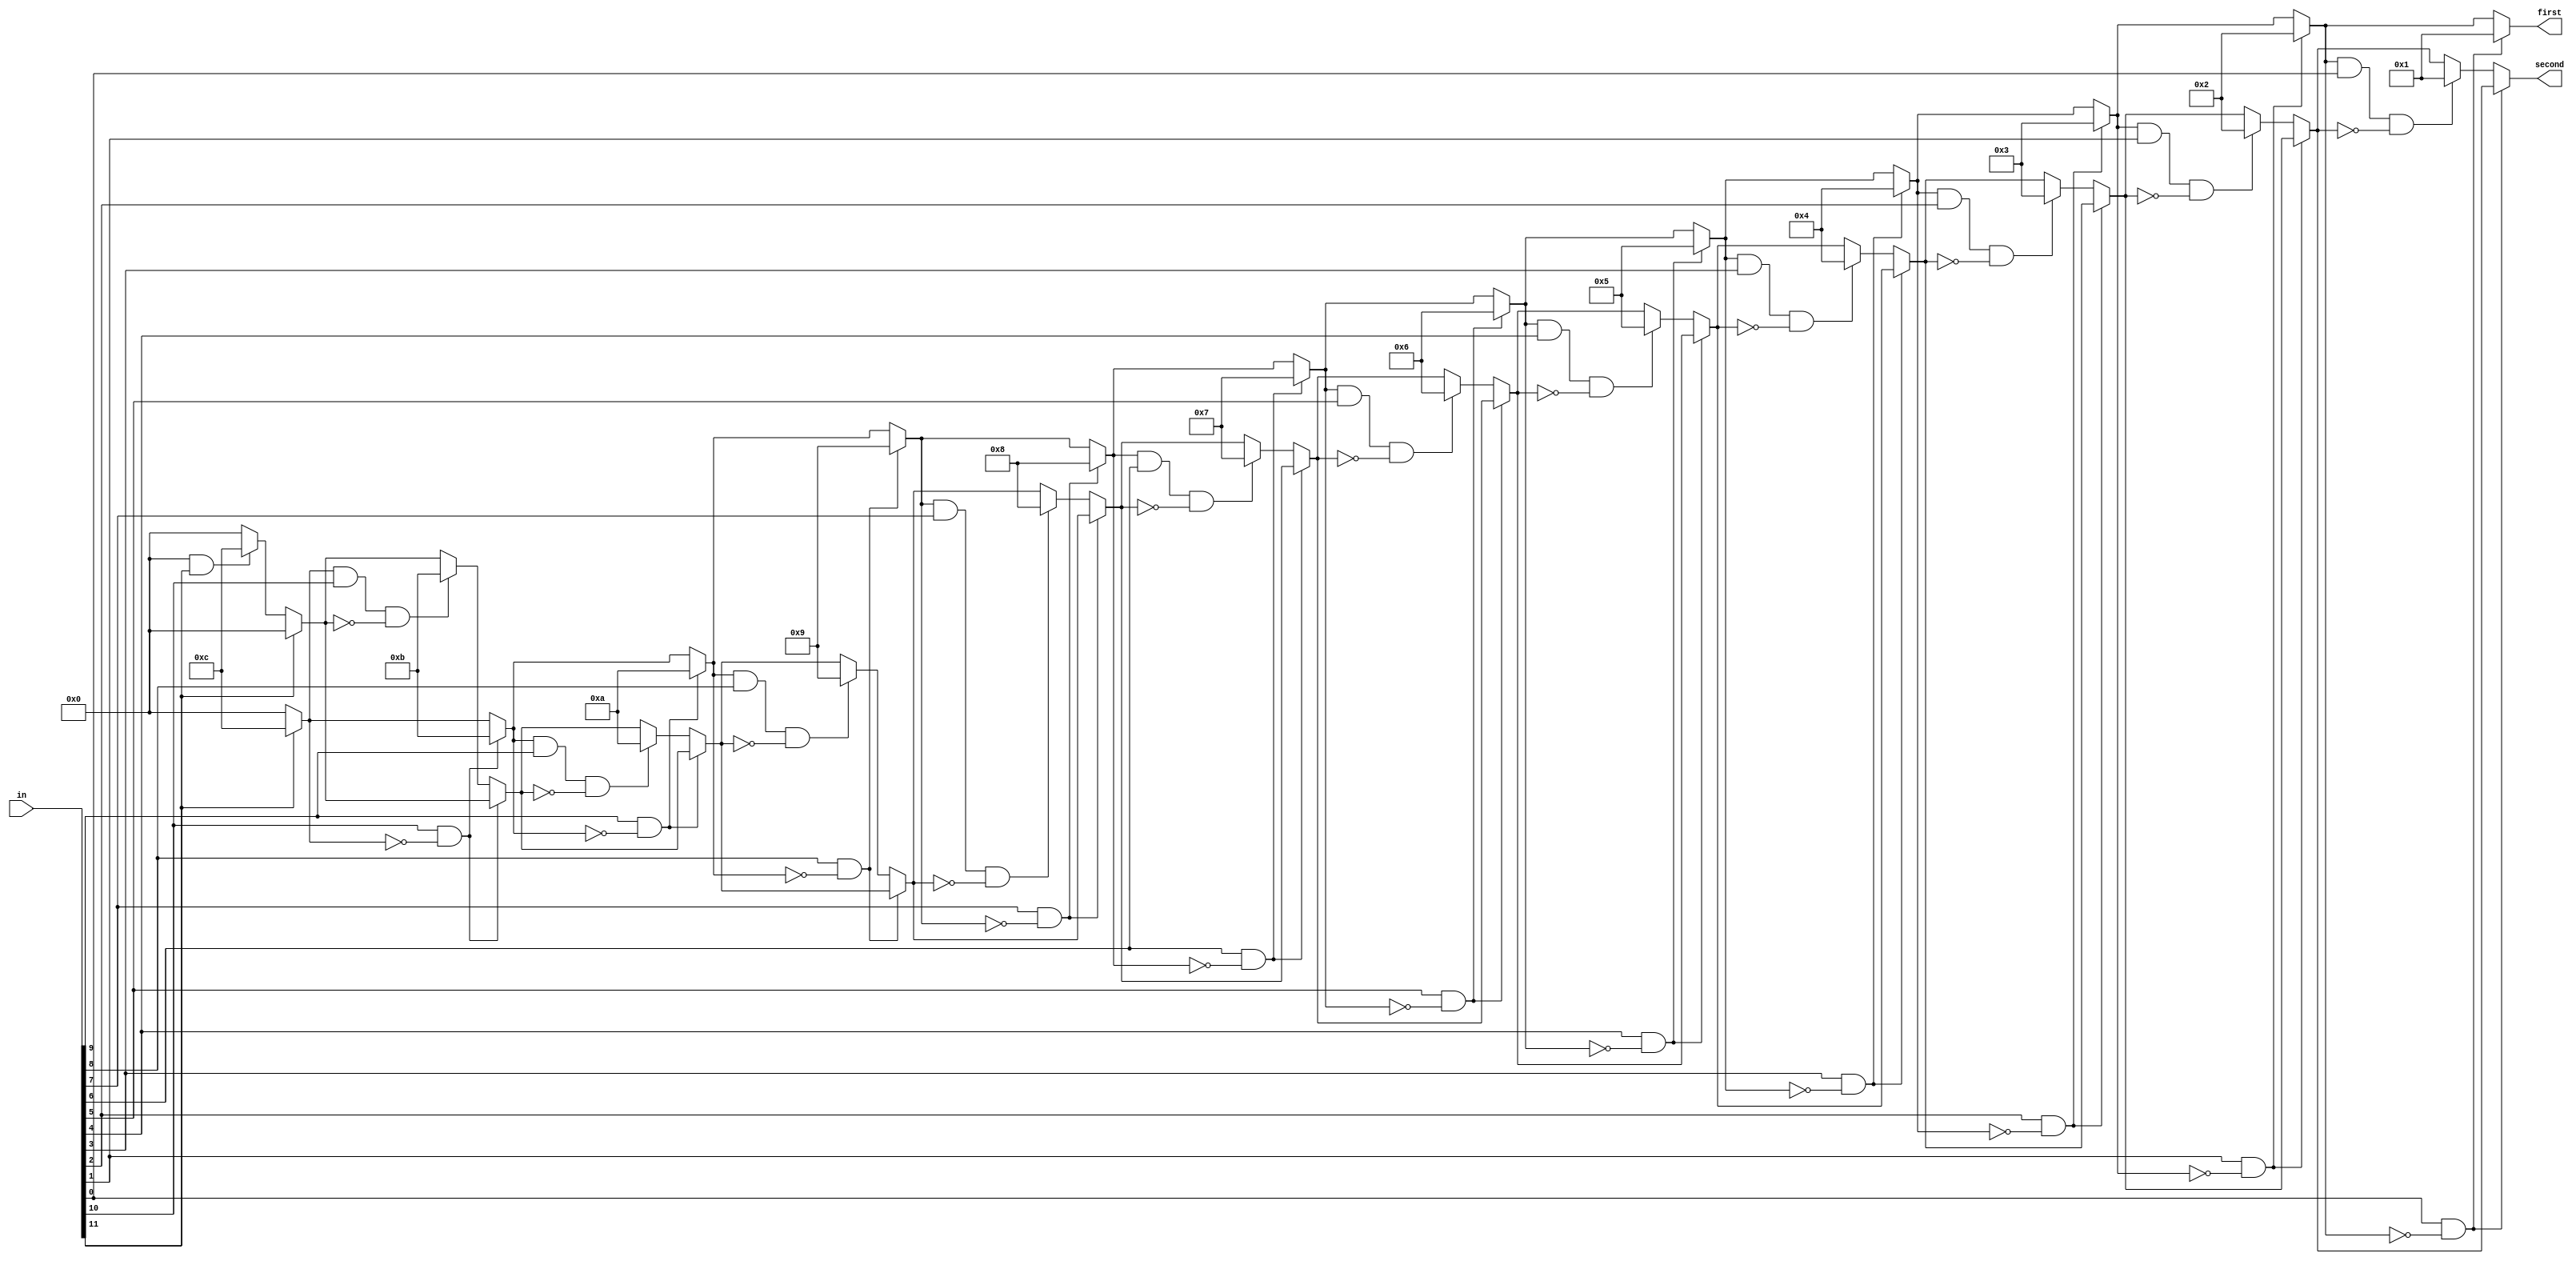
// This program was cloned from: https://github.com/AngeloJacobo/FPGA_Book_Experiments
// License: MIT License

`timescale 1ns / 1ps

module dual_prioenc(
	input wire[11:0] in,
	output reg[3:0] first,second
    );
	 integer i;

	 always @(in) begin
	 first=4'd0;
	 second=4'd0;

	 
	 for(i=11;i>=0;i=i-1) begin  //use for-loop to locate the bit "1"
	 if(in[i] && !first) first=i+1;
	 else if(first && in[i] && !second) second=i+1; //if "first" already has a value,then the next bit of 1 will be the "second"
	 end
	 end
	
endmodule